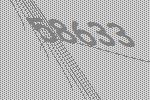
58633